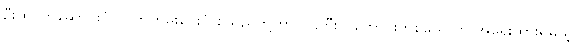
ဦးထုပ်ကိုဆောင်းပုံ၊ လက်ကမ်းပေးပုံ စသည်တို့ဟာ လူကြီးလူကောင်းတစ်ယောက် အရေးထားရမယ့်